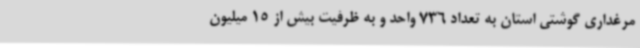
مرغداری گوشتی استان به تعداد 736 واحد و به ظرفیت بیش از 15 میلیون